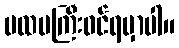
ပထမကြီးဝင်ရမှာပါ။